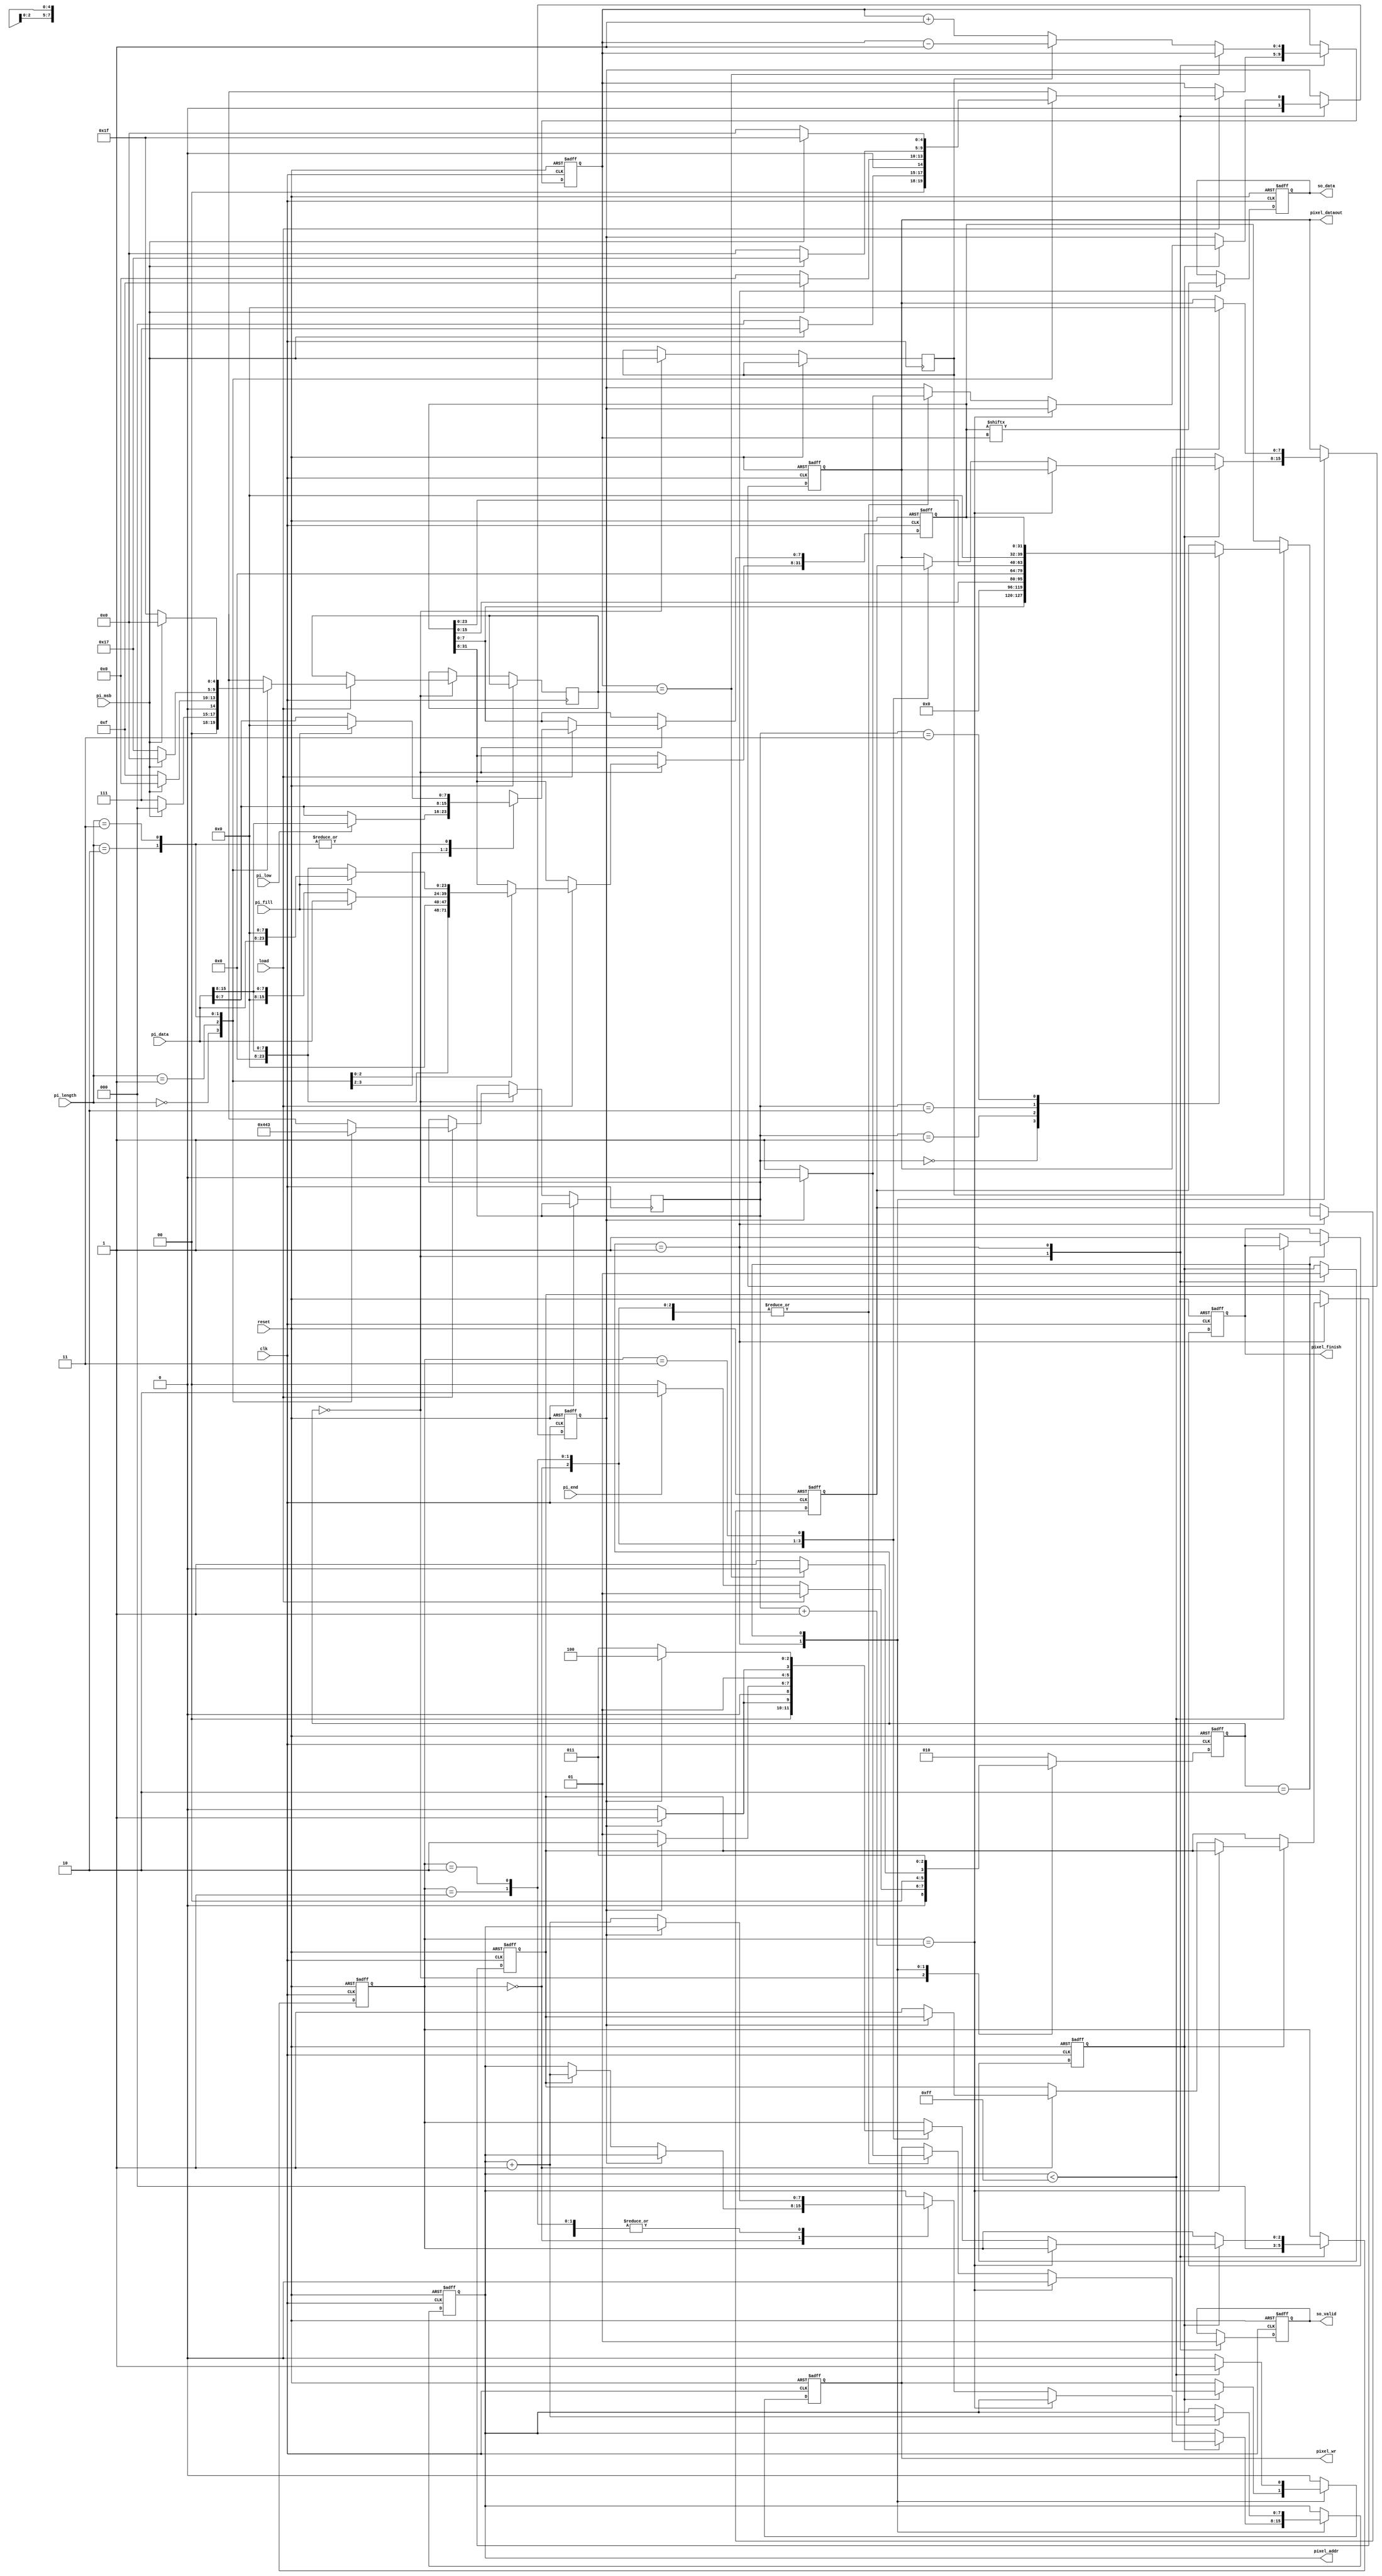
module STI_DAC(clk ,reset, load, pi_data, pi_length, pi_fill, pi_msb, pi_low, pi_end,
	       so_data, so_valid,
	       pixel_finish, pixel_dataout, pixel_addr,
	       pixel_wr);

input		clk, reset;
input		load, pi_msb, pi_low, pi_end; 
input	[15:0]	pi_data;
input	[1:0]	pi_length;
input		pi_fill;
output reg so_data, so_valid;

output reg pixel_finish, pixel_wr;
output reg [7:0] pixel_addr;
output reg [7:0] pixel_dataout;

//==============================================================================

reg [2:0] cur_state, next_state;
reg [4:0] pi_index; // maximum 32 bit
reg [4:0] pi_index_term; // ex: 16-bit -> 15，處理so_data 的 output時，index的termination point
reg msb; 
reg [31:0] pi_reg; // so_data output的暫存
reg [0:31] pixel_reg; // 由左到右，照著pi_reg output的順序來存，之後用來write mem的，因為pi_reg可能由左到右output，也可能由右到左
reg [4:0] target_state; // 如果長度是8-bit，就為0，24-bit，就為2
reg [2:0] state; // 用來控制要把pixel_dataout 存 pixel_reg的哪個部分
reg set1; // 收到新的LOAD後，第一次進cur_state 1 用來先把pixel_reg存好的控制訊號 為1後，每次進cur_state 0才會操作write mem
reg set2; // 用來控制pixel_addr 第一次不用 + 1(一開始是0)，之後每次要write時加一
reg set3; // 用來產生間格，因為不能連續write mem，pixel_wr升起並write後，一定要先讓pixel_wr變0，之後才能再write，所以這是控制每次write完要停在同個state，然後set3為1時可以切換state(這裡的state不是cur_state，而是要write mem用的state)

always @(posedge clk or posedge reset) begin
	if(reset)
		cur_state <= 0;
	else
		cur_state <= next_state;
end

always @(*) begin
	case (cur_state)
		0: begin
			if(load) begin
				next_state <= 1;
			end
			else if(pi_end) begin
				next_state <= 2;
			end
			else begin
				next_state <= 0;
			end
		end
		1: begin
			if(pi_index == pi_index_term) 
				next_state <= 0;	
			else 
				next_state <= 1;
		end
		2: begin
			next_state <= 3;
		end
		default: begin
			next_state <= 2;
		end
	endcase
end

always @(posedge clk or posedge reset) begin
	if(reset) begin
		so_valid <= 1'd0;
		so_data <= 1'd0;
		pixel_finish <= 1'd0;
		pixel_wr <= 1'd0;
		pixel_addr <= 8'd0;
		pixel_dataout <= 8'd0;
		pi_reg <= 32'd0;
		pixel_reg <= 32'd0;
		pi_index <= 5'd0;
		set1 <= 1'd0;
		set2 <= 1'd0; 
		set3 <= 1'd0;
		state <= 3'd0;
	end
	else begin
		case (cur_state)
			0: begin
				msb <= pi_msb; // 1 -> addition, 0 -> subtraction
				so_valid <= 1'd0;
				pixel_wr <= 1'd0;
				set1 <= 1'd0;
				set3 <= 1'd0;
				state <= 3'd0;
				if(load) begin
					case (pi_length)
						2'b00: begin // 8-bit
							target_state <= 5'd0;
							if(pi_msb) begin
								pi_index <= 5'd7;
								pi_index_term <= 5'd0;
							end
							else begin
								pi_index <= 5'd0;
								pi_index_term <= 5'd7;
							end
							if(pi_low) begin
								pi_reg[7:0] <= pi_data[15:8];
							end
							else begin
								pi_reg[7:0] <= pi_data[7:0];
							end
						end
						2'b01: begin // 16-bit
							target_state <= 5'd1;
							if(pi_msb) begin
								pi_index <= 5'd15;
								pi_index_term <= 5'd0;
							end
							else begin
								pi_index <= 5'd0;
								pi_index_term <= 5'd15;
							end
							pi_reg <= pi_data;
						end
						2'b10:begin //24-bit
							target_state <= 5'd2;
							if(pi_msb) begin
								pi_index <= 5'd23;
								pi_index_term <= 5'd0;
							end
							else begin
								pi_index <= 5'd0;
								pi_index_term <= 5'd23;
							end
							if(pi_fill) begin
								pi_reg <= {8'd0, pi_data, 8'd0};
							end
							else begin
								pi_reg <= {16'd0, pi_data};
							end
						end
						2'b11: begin // 32-bit
							target_state <= 5'd3;
							if(pi_msb) begin
								pi_index <= 5'd31;
								pi_index_term <= 5'd0;
							end
							else begin
								pi_index <= 32'd0;
								pi_index_term <= 32'd31;
							end
							if(pi_fill) begin
								pi_reg <= {pi_data, 16'd0};
							end
							else begin
								pi_reg <= {16'd0, pi_data};
							end
						end
					endcase
				end
				else begin end
			end
			1: begin
				so_valid <= 1'd1;
				so_data <= pi_reg[pi_index];
				if(pi_index == pi_index_term) begin
				end
				else begin
					if(msb) begin
						pi_index <= pi_index - 5'd1;
					end 
					else begin
						pi_index <= pi_index + 5'd1;
					end
				end
				if(msb) begin
					case(target_state)
						3'd0: begin 
							pixel_reg <= {pi_reg[7:0], 24'd0};
						end
						3'd1: begin 
							pixel_reg <= {pi_reg[15:0], 16'd0};
						end
						3'd2: begin 
							pixel_reg <= {pi_reg[23:0], 8'd0};
						end
						3'd3: begin 
							pixel_reg <= pi_reg[31:0];
						end
					endcase
					set1 <= 1'd1; // 一開始先 set pixel_reg
				end
				else begin // reverse
					pixel_reg <= pi_reg[0:31];
					set1 <= 1'd1;
				end
				if(set1) begin // set1 == 1 代表pixel_reg set好了
					if(state == target_state + 1) begin
						pixel_wr <= 1'd0;
					end
					else begin
						case(state)
							3'd0: begin
								pixel_dataout <= pixel_reg[0:7];
								if(!set3) begin
									state <= 3'd0;
									pixel_wr <= 1'd1;
									set3 <= 1'd1;
									set2 <= 1'd1;
									if(set2) begin
										pixel_addr <= pixel_addr + 8'd1;
									end
									else begin end
								end
								else if(state == target_state + 1) begin
									pixel_wr <= 1'd0;
								end
								else begin
									pixel_wr <= 1'd0;
									set3 <= 1'd0;
									state <= 3'd1;
								end
							end
							3'd1: begin
								pixel_dataout <= pixel_reg[7:15];
								if(!set3) begin
									state <= 3'd1;
									pixel_wr <= 1'd1;
									set3 <= 1'd1;
									pixel_addr <= pixel_addr + 8'd1;
								end
								else if(state == target_state + 1) begin
									pixel_wr <= 1'd0;
								end
								else begin
									pixel_wr <= 1'd0;
									set3 <= 1'd0;
									state <= 3'd2;
								end
							end
							3'd2: begin
								pixel_dataout <= pixel_reg[16:23];
								if(!set3) begin
									state <= 3'd2;
									pixel_wr <= 1'd1;
									set3 <= 1'd1;
									pixel_addr <= pixel_addr + 8'd1;
								end
								else if(state == target_state + 1) begin
									pixel_wr <= 1'd0;
								end
								else begin
									pixel_wr <= 1'd0;
									set3 <= 1'd0;
									state <= 3'd3;
								end
							end
							3'd3: begin
								pixel_dataout <= pixel_reg[24:31];
								if(!set3) begin
									state <= 3'd3;
									pixel_wr <= 1'd1;
									set3 <= 1'd1;
									pixel_addr <= pixel_addr + 8'd1;
								end
								else begin
									pixel_wr <= 1'd0;
									set3 <= 1'd0;
									state <= 3'd4;
								end
							end
							3'd4: begin
							end
						endcase
					end
				end
				else begin end
			end
			/* 未滿255個byte 剩下補0 */
			2: begin
				if(pixel_addr < 8'd255) begin
					pixel_wr <= 1'd1;
					pixel_addr <= pixel_addr + 32'd1;
					pixel_dataout <= 8'd0;
				end
				else begin
					pixel_wr <= 1'd0;
					pixel_finish <= 1'd1;
				end
			end
			default: begin
				pixel_wr <= 1'd0;
			end
		endcase
	end
end

endmodule